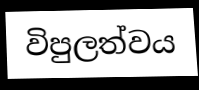
විපුලත්වය